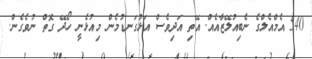
540 އެމްއެލްގެ ނެބިއުލޭޒާއެއް. އޭތި އަދިވެސް އަޅުގަނޑުމެން މިއުޅެނީ ހޯދޭ ގޮތް ނުވެގެން.